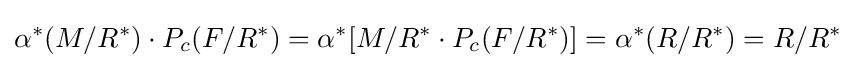
\alpha ^{\ast }(M/R^{\ast })\cdot P_{c}(F/R^{\ast })=\alpha ^{\ast }\lbrack M/R^{\ast }\cdot P_{c}(F/R^{\ast })\rbrack =\alpha ^{\ast }(R/R^{\ast })=R/R^{\ast }